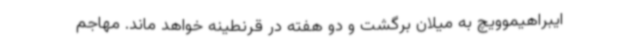
ایبراهیموویچ به میلان برگشت و دو هفته در قرنطینه خواهد ماند. مهاجم